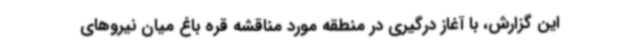
این گزارش، با آغاز درگیری در منطقه مورد مناقشه قره باغ میان نیروهای